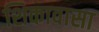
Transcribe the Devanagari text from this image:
शिकावासा